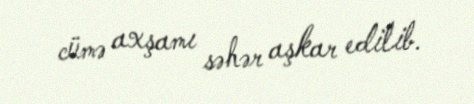
cümə axşamı səhər aşkar edilib.